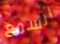
السمع